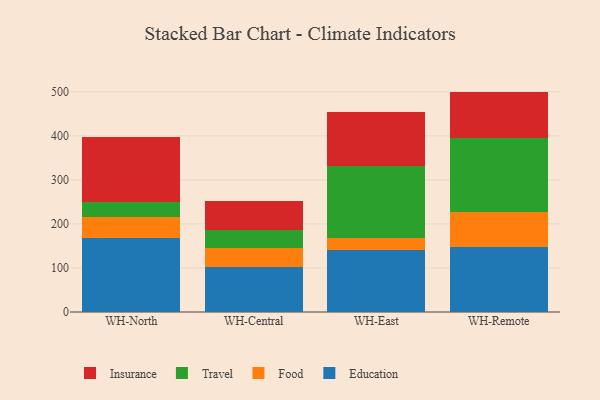
{"axis": {"x": "Warehouse", "y": "Satisfaction Score"}, "legend": ["Education", "Food", "Insurance", "Travel"], "data": [{"x": "WH-North", "y": 168.0, "type": "Education"}, {"x": "WH-North", "y": 48.4, "type": "Food"}, {"x": "WH-North", "y": 33.8, "type": "Travel"}, {"x": "WH-North", "y": 146.6, "type": "Insurance"}, {"x": "WH-Central", "y": 102.7, "type": "Education"}, {"x": "WH-Central", "y": 42.8, "type": "Food"}, {"x": "WH-Central", "y": 40.3, "type": "Travel"}, {"x": "WH-Central", "y": 67.3, "type": "Insurance"}, {"x": "WH-East", "y": 141.3, "type": "Education"}, {"x": "WH-East", "y": 26.2, "type": "Food"}, {"x": "WH-East", "y": 164.4, "type": "Travel"}, {"x": "WH-East", "y": 123.4, "type": "Insurance"}, {"x": "WH-Remote", "y": 147.7, "type": "Education"}, {"x": "WH-Remote", "y": 79.5, "type": "Food"}, {"x": "WH-Remote", "y": 168.8, "type": "Travel"}, {"x": "WH-Remote", "y": 104.5, "type": "Insurance"}]}